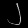
Digit: ၂